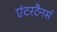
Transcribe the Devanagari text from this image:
एंटरटैनर्स